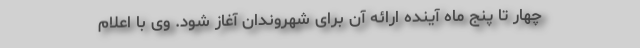
چهار تا پنج ماه آینده ارائه آن برای شهروندان آغاز شود. وی با اعلام